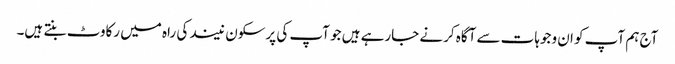
آج ہم آپ کو ان وجوہات سے آگاہ کرنے جارہے ہیں جو آپ کی پرسکون نیند کی راہ میں رکاوٹ بنتے ہیں۔